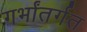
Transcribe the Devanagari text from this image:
गर्भांतर्गत